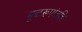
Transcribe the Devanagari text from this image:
मूळरूपांतहि